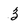
Character: 3